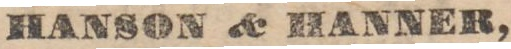
HANSON & HANNER,